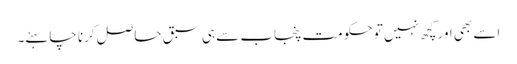
اسے بھی اور کچھ نہیں تو حکومت پنجاب سے ہی سبق حاصل کرنا چاہئے۔